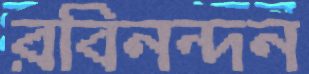
রবিনন্দন